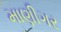
માણીગર